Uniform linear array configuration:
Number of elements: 16
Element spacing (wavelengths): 0.5
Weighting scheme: hann
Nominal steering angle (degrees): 15
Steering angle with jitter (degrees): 15.735
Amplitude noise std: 0.05
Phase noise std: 0.05

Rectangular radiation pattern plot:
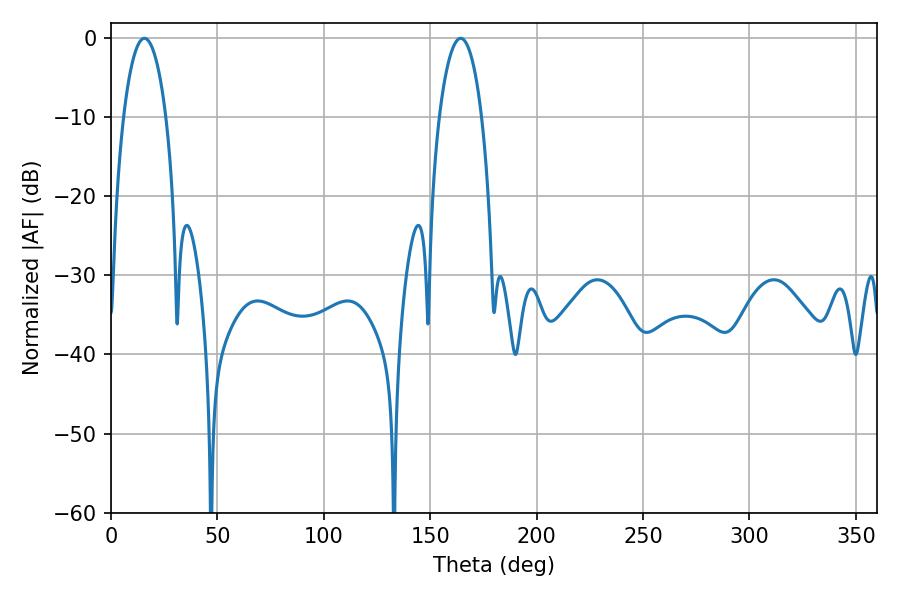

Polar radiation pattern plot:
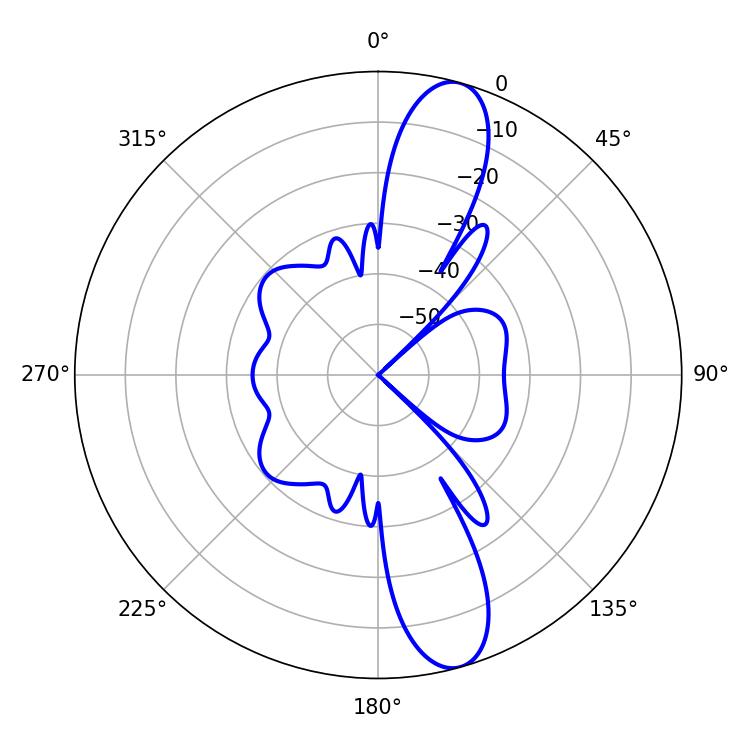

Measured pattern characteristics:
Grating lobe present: FALSE
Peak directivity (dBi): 12.512
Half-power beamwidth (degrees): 11.34
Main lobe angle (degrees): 15.66